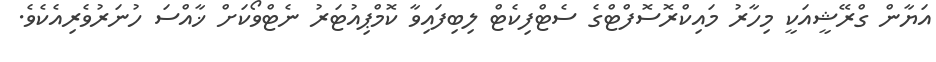
އަޔާން ގްރޭޝީއަކީ މިހާރު މައިކްރޮސޮފްޓްގެ ސެޓްފިކެޓް ލިބިފައިވާ ކޮމްޕިއުޓަރު ނެޓްވޯކަށް ޚާއްސަ ހުނަރުވެރިއެކެވެ.